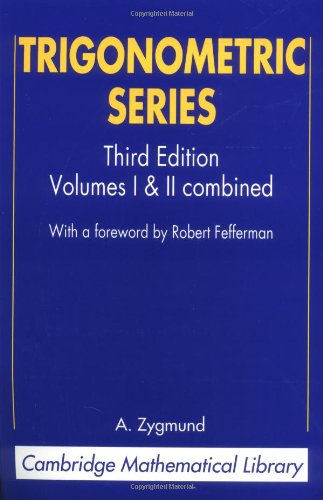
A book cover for Trigonometric Series (Cambridge Mathematical Library); A. Zygmund; Science & Math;